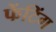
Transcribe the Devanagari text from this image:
फेंटिंग